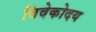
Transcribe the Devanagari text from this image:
विवेकोदय